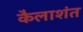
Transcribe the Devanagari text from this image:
कैलाशंत